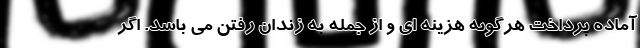
آماده پرداخت هرگونه هزینه ای و از جمله به زندان رفتن می باشد. اگر